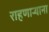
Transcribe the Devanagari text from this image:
राहणार्‍याना